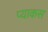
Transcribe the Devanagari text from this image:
प्याकस